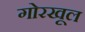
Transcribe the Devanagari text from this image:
गोरखूल